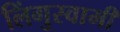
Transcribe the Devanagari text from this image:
लिंगुस्वामी